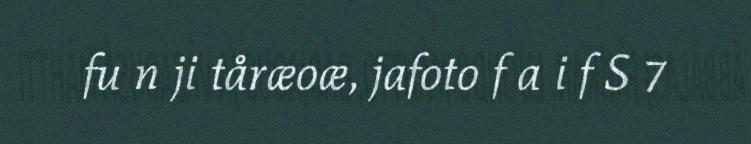
fu n ji tåræoæ, jafoto f a i f S 7